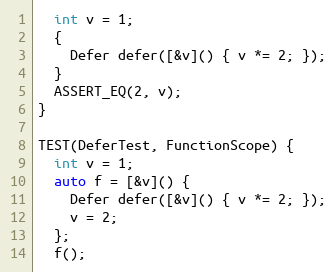
Language: C++
  int v = 1;
  {
    Defer defer([&v]() { v *= 2; });
  }
  ASSERT_EQ(2, v);
}

TEST(DeferTest, FunctionScope) {
  int v = 1;
  auto f = [&v]() {
    Defer defer([&v]() { v *= 2; });
    v = 2;
  };
  f();